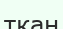
ткан